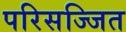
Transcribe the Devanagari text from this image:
परिसज्जित